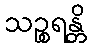
သဉ္စရန္တိ